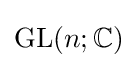
\operatorname {GL} (n;\mathbb {C} )